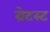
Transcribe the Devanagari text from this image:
ग्रेटस्ट